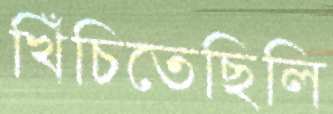
খিঁচিতেছিলি